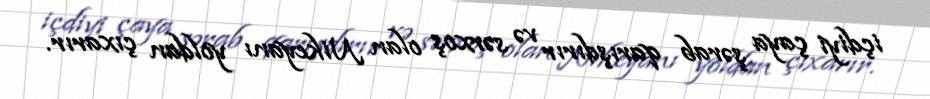
içdiyi çaya şərab qarışdırır və sərxoş olan Nikeyanı yoldan çıxarır.